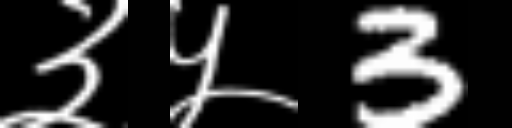
Text: ३५3